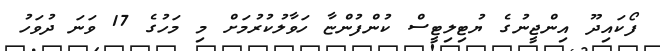
ފޯކައިދޫ އިންޖީނުގެ ޔުޓިލިޓީސް ކުންފުންޏާ ހަވާލުކުރުމަށް މި މަހުގެ 17 ވަނަ ދުވަހު